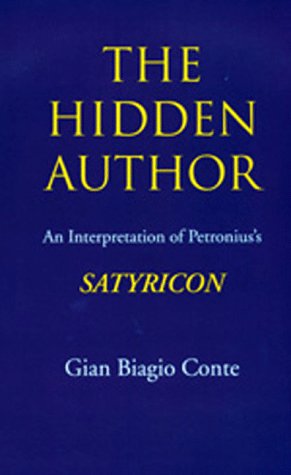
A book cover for The Hidden Author: An Interpretation of Petronius's Satyricon (Sather Classical Lectures); Gian Biagio Conte; Literature & Fiction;